Vaccination in the Punjab 1905-1918 - 1905-1918
Year: 1905
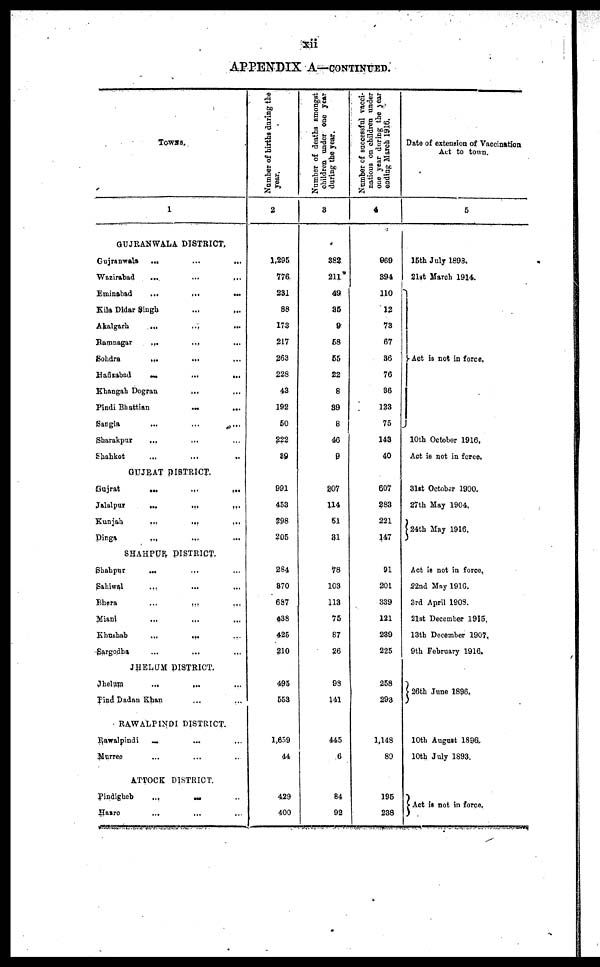
xii
APPENDIX A—CONTINUED.
TOWNS.
1
GUJRANWALA DISTRICT.
Gujranwala
...
...
...
Wazirabad
...
...
...
Eminabad
...
...
...
Kila Didar Singh ... ... ...
Akalgarh
...
...
...
Ramnagar
...
... ...
Sohdra
... ... ...
Hafizabad
...
...
...
Khangah Dogran ... ... ...
Pindi Bhattian
...
... ...
Sangla ... ... ...
Sharakpur ... ... ...
Shahkot ... ... ...
GUJRAT DISTRICT.
Gujrat
...
...
...
Jalalpur
...
...
...
Kunjah
...
...
...
Dinga
... ... ...
SHAHPUR DISTRICT.
Shahpur ... ... ...
Sahiwal ... ... ...
Bhera
...
... ...
Miani ... ... ...
Khushab
...
... ...
Sargodha ... ... ...
JHELUM DISTRICT.
Jhelum
...
... ...
Pind Dadan Khan ... ...
RAWALPINDI DISTRICT.
Rawalpindi ... ... ...
Murree ... ... ...
ATTOCK DISTRICT.
Pindigheb
...
... ...
Hasro ... ... ...
Number of births during the
year.
2
1,295
776
231
88
173
217
263
228
43
192
50
222
39
991
453
298
205
284
370
687
438
425
210
495
553
1,659
44
429
400
Number of deaths amongst
children under one year
during the year.
3
382
211
49
35
9
58
55
22
8
39
8
46
9
207
114
51
81
78
103
113
75
87
26
98
141
445
6
84
92
Number of successful vacci¬
nations on children under
one year during the year
ending March 1916.
4
969
394
110
12
73
67
36
76
36
123
75
143
40
607
283
221
147
91
201
339
121
239
225
258
293
1,148
89
195
238
Date of extension of Vaccination
Act to town.
5
15th July 1898.
21st March 1914.
Act is not in force.
10th October 1916.
Act is not in force.
31st Octobar 1900.
27th May 1904.
24th May 1916.
Act is not in force.
22nd May 1916.
3rd April 1908.
21st December 1915.
13th December 1907.
9th February 1916.
26th June 1896.
10th August 1896.
10th July 1893.
Act is not in force.